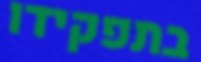
בתפקידו